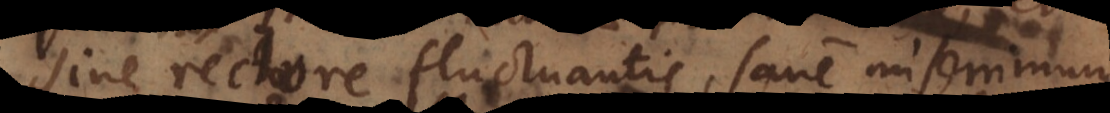
sine rectore fluctuantis sane miserrimum